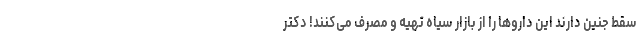
سقط جنین دارند این داروها را از بازار سیاه تهیه و مصرف می‌‌کنند! دکتر